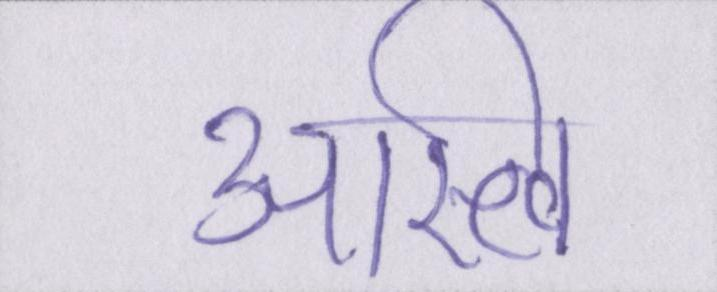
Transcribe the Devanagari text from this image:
अस्त्वि